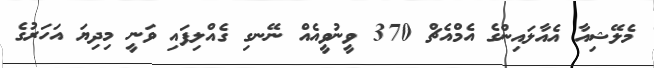
މެލޭޝިއާ އެއާލައިންގެ އެމްއެޗް 370 ވީނުވީއެއް ނޭނގި ގެއްލިފައި ވަނީ މިދިޔަ އަހަރުގެ